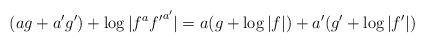
LaTeX: \begin{align*}(a g + a'g') + \log |f^a {f'}^{a'}| = a (g + \log |f|) + a'(g' + \log |f'|)\end{align*}